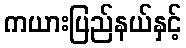
ကယားပြည်နယ်နှင့်